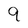
Character: 9